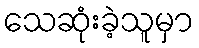
သေဆုံးခဲ့သူမှာ